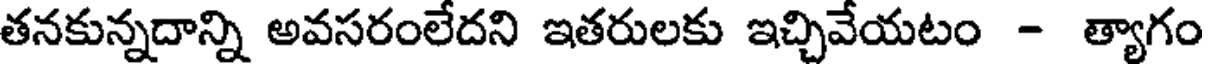
తనకున్నదాన్ని అవసరంలేదని ఇతరులకు ఇచ్చివేయటం - త్యాగం